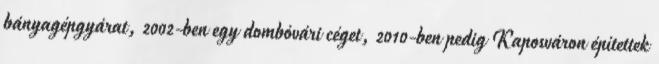
bányagépgyárat, 2002-ben egy dombóvári céget, 2010-ben pedig Kaposváron építettek